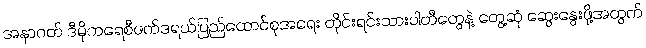
အနာဂတ် ဒီမိုကရေစီဖက်ဒရယ်ပြည်ထောင်စုအရေး တိုင်းရင်းသားပါတီတွေနဲ့ တွေ့ဆုံ ဆွေးနွေးဖို့အတွက်